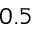
0 . 5